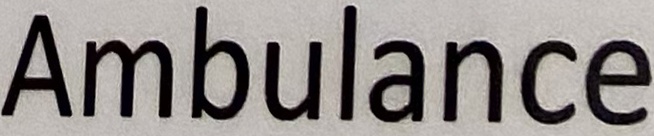
Ambulance